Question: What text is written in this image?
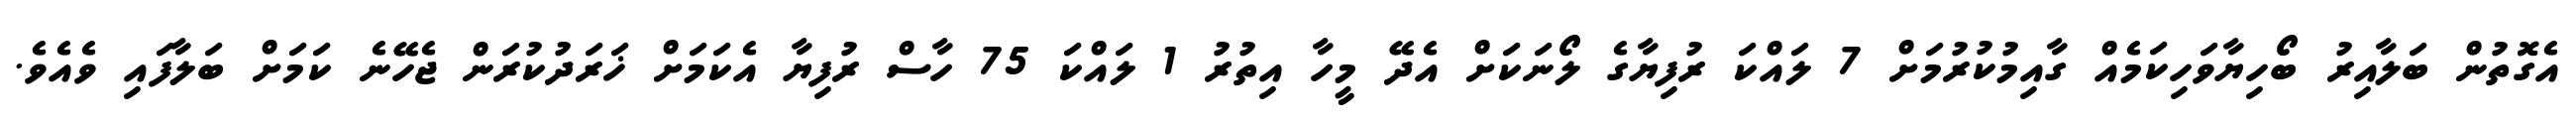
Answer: އެގޮތުން ބަލާއިރު ބޯހިޔާވަހިކަމެއް ގާއިމުކުރުމަށް 7 ލައްކަ ރުފިޔާގެ ލޯނަކަށް އެދޭ މީހާ އިތުރު 1 ލައްކަ 75 ހާސް ރުފިޔާ އެކަމަށް ޚަރަދުކުރަން ޖެހޭނެ ކަމަށް ބަލާފައި ވެއެވެ.